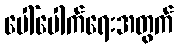
ပေါ်ပေါက်ရေးအတွက်